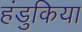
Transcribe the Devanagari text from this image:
हंडुकिया